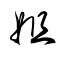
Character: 姐